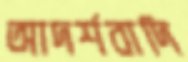
আদর্শবাদি